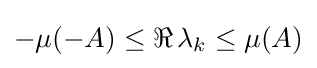
-\mu (-A)\leq \Re \,\lambda _{k}\leq \mu (A)